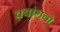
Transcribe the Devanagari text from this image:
क़्वांगचो